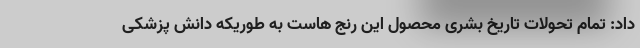
داد: تمام تحولات تاریخ بشری محصول این رنج هاست به طوریکه دانش پزشکی